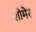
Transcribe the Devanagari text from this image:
शोमेर